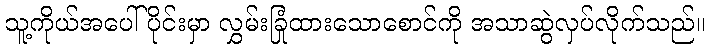
သူ့ကိုယ်အပေါ်ပိုင်းမှာ လွှမ်းခြုံထားသောစောင်ကို အသာဆွဲလှပ်လိုက်သည်။